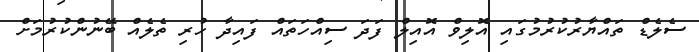
ސެލެޑް ތައްޔާރުކުރުމުގައި އޮލިވް އޮއިލް ފަދަ ސިއްހަތައް ފައިދާ ހުރި ތެލެއް ބޭނުންކުރުމަށް